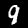
Label: 9